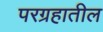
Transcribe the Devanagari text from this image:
परग्रहातील